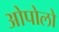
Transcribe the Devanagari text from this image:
ओपोलो